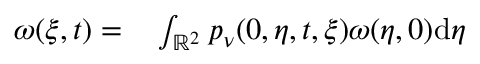
\begin{array} { r l } { \omega ( \xi , t ) = } & { { } \int _ { \mathbb { R } ^ { 2 } } p _ { \nu } ( 0 , \eta , t , \xi ) \omega ( \eta , 0 ) \mathrm { d } \eta } \end{array}